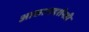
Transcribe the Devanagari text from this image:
आकाशदर्शनही